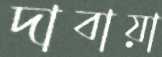
দাবায়া